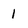
Character: I